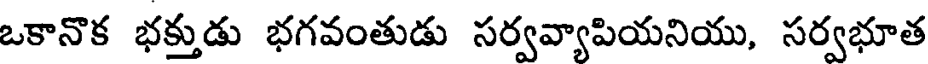
ఒకానొక భక్తుడు భగవంతుడు సర్వవ్యాపియనియు, సర్వభూత